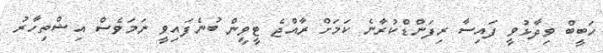
ހަބީބް ވިދާޅުވީ ފައިސާ ރިފަންޑްކުރާނެ ކަމަށް ރާއްޖެ ޓީވީން ބުނެފައިވީ ނަމަވެސް އިޝްތިހާރު